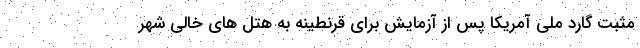
مثبت گارد ملی آمریکا پس از آزمایش برای قرنطینه به هتل های خالی شهر